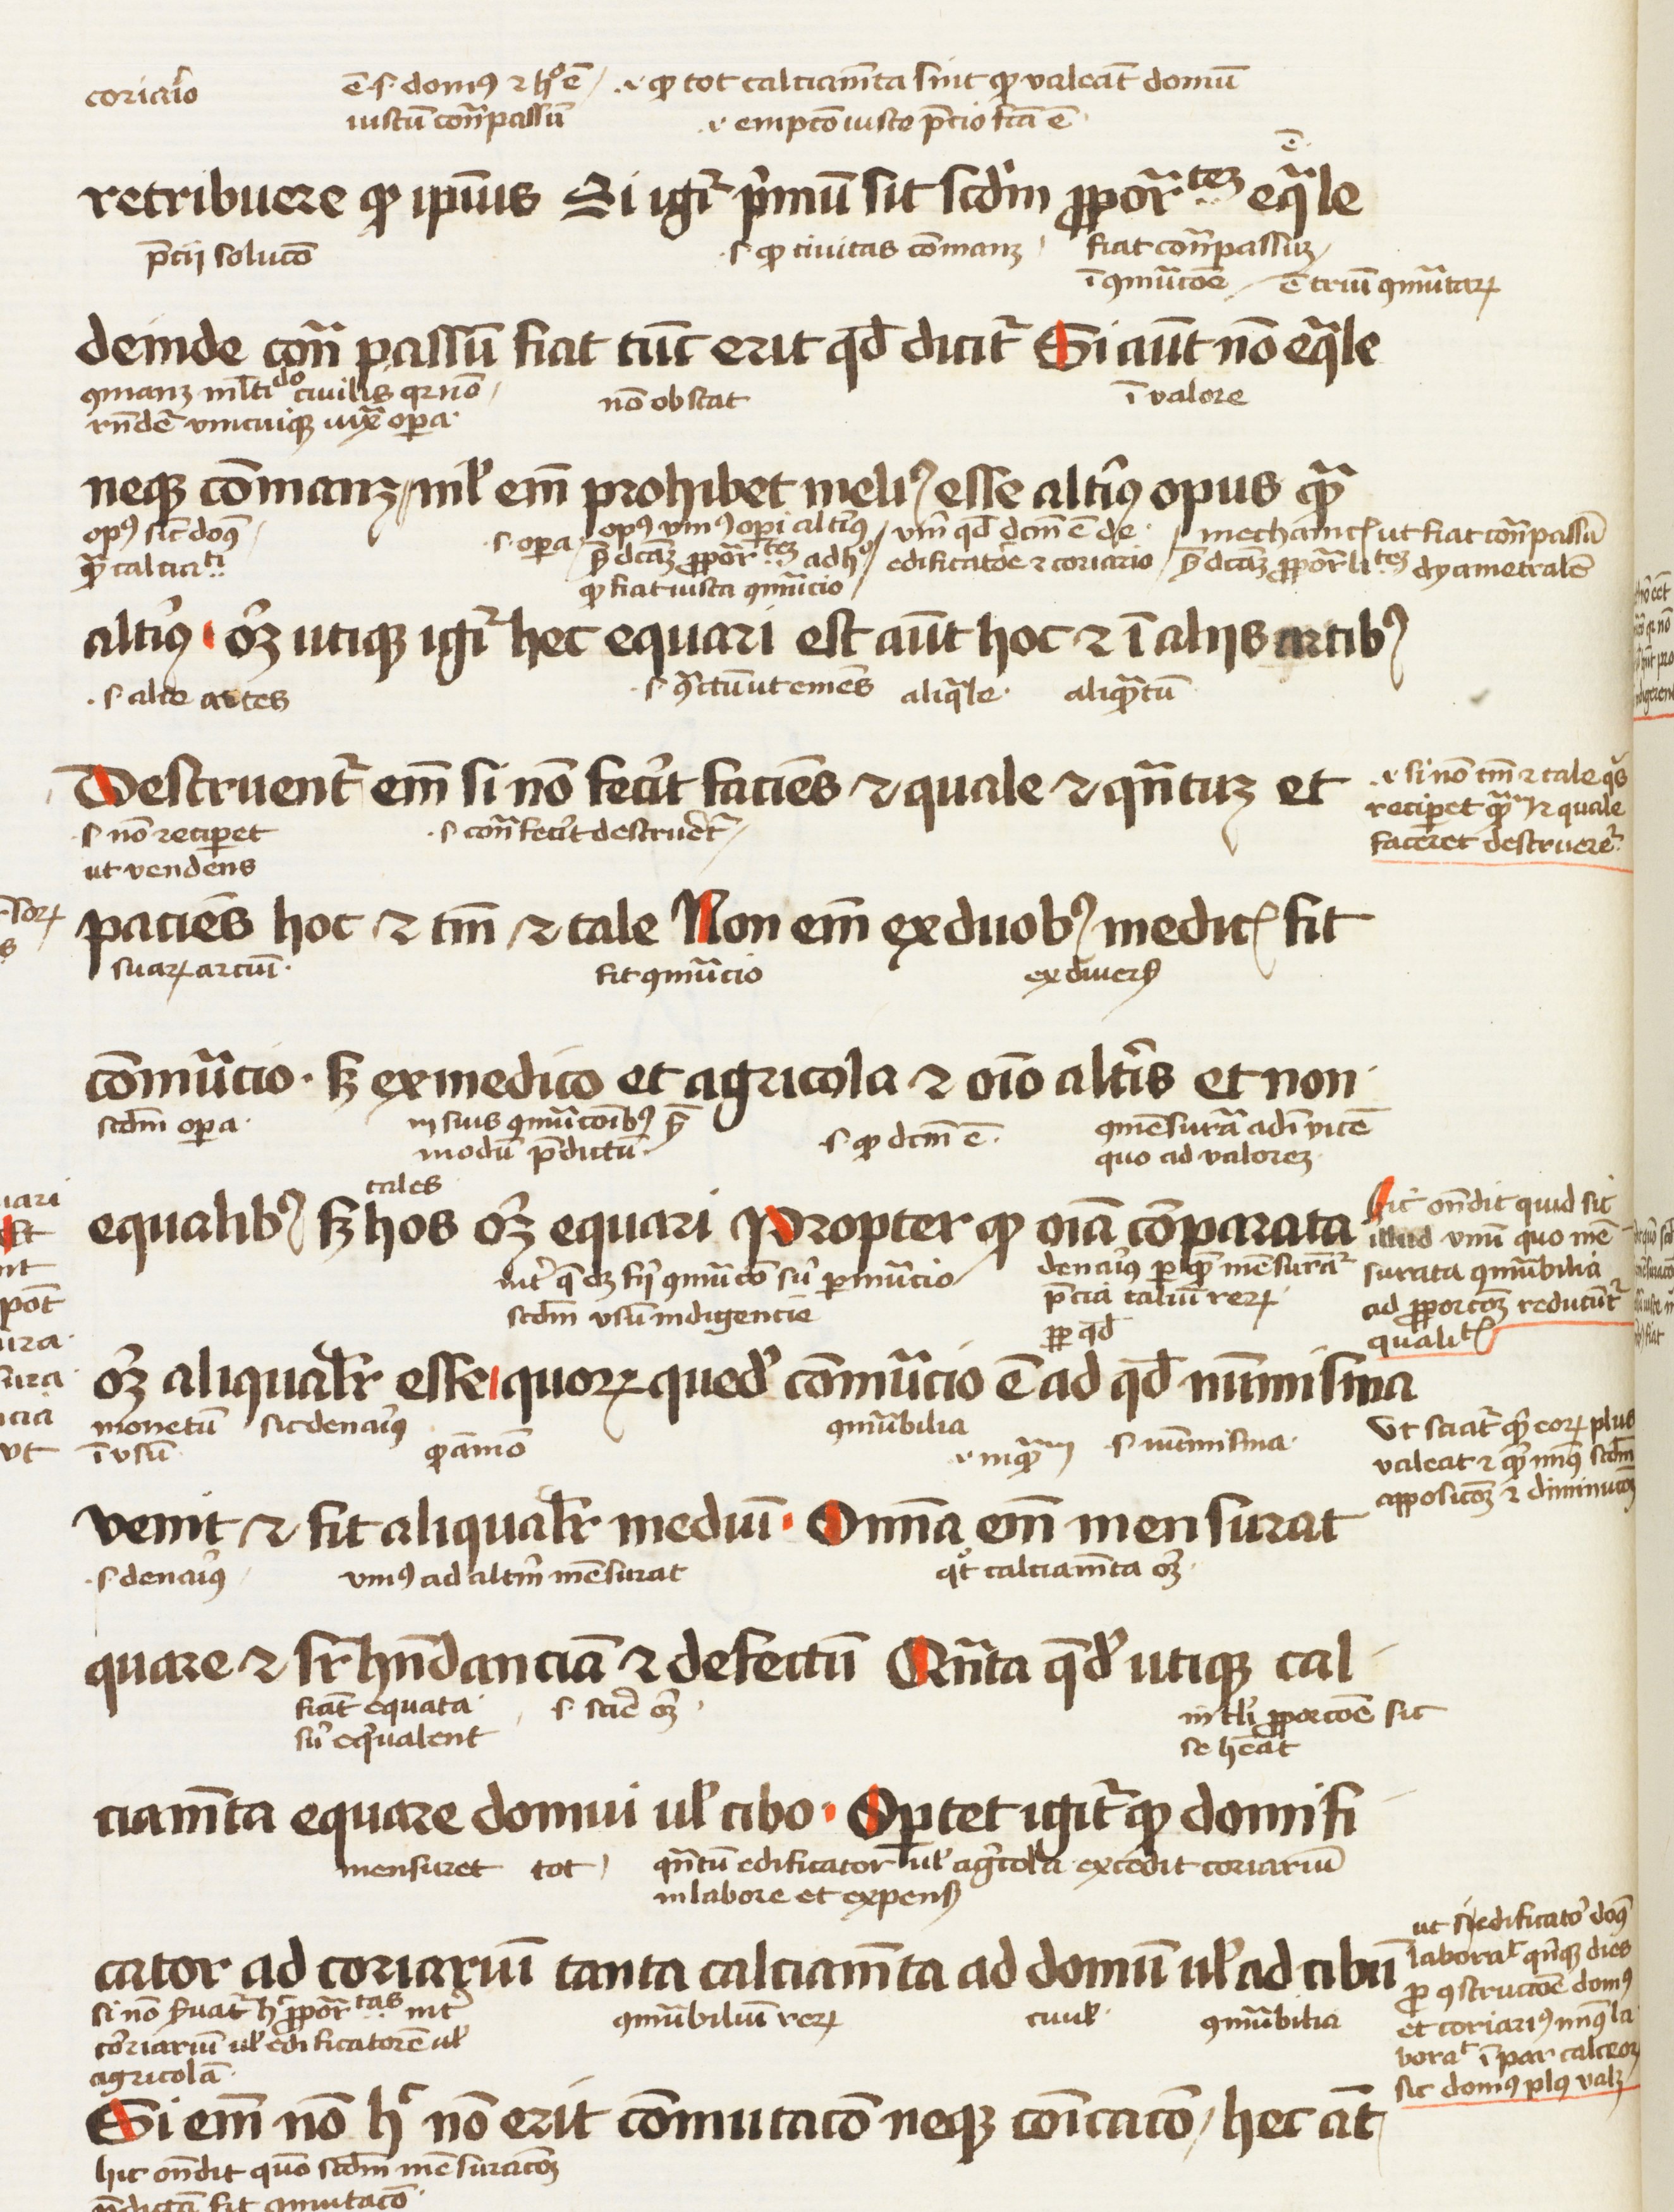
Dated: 1450–1474